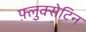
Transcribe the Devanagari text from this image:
फ़्लुक्सेटिन